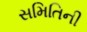
સમિતિની